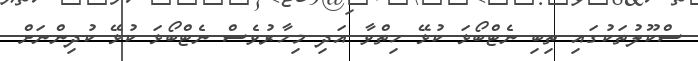
ސްކޫލުތަކުގައި ތިބި ނެޓްބޯޅަ ކުޅޭ ހިތްވާ އަދި މިހާރުވެސް ނެޓްބޯޅަ ކުޅޭޭ ކުދިންނަށް